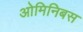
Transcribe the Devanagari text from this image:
ओमिनिबस